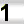
Digit: 1